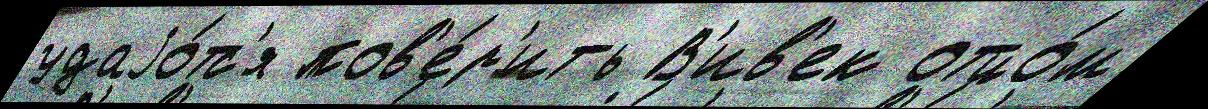
удаjо́тс'я пов'е́р'ить В'ив'ек отцо́м